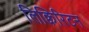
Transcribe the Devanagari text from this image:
लिक्विरिटन